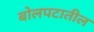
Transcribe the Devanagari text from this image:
बोलपटातील